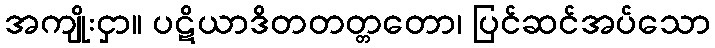
အကျိုးငှာ။ ပဋိယာဒိတတတ္တတော၊ ပြင်ဆင်အပ်သော